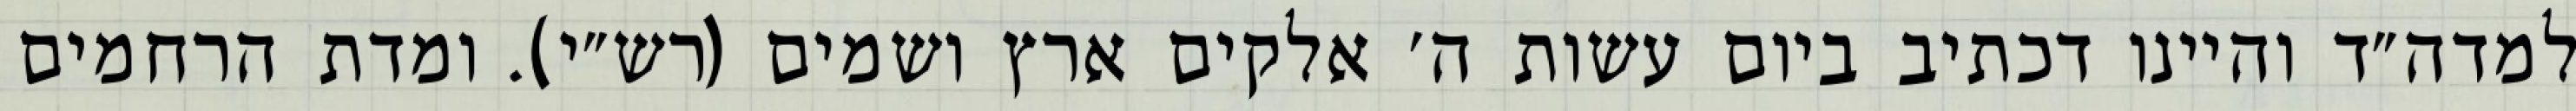
למדה״ד והיינו דכתיב ביום עשות ה׳ אלקים ארץ ושמים (רש״י). ומדת הרחמים